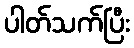
ပါတ်သက်ပြီး